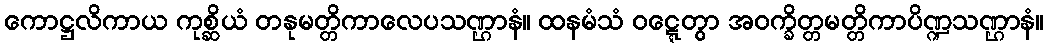
ကောဋ္ဌလိကာယ ကုစ္ဆိယံ တနုမတ္တိကာလေပသဏ္ဌာနံ။ ထနမံသံ ဝဋ္ဋေတွာ အဝက္ခိတ္တမတ္တိကာပိဏ္ဍသဏ္ဌာနံ။